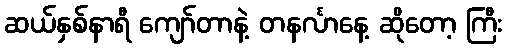
ဆယ်နှစ်နာရီ ကျော်တာနဲ့ တနင်္လာနေ့ ဆိုတော့ ကြီး